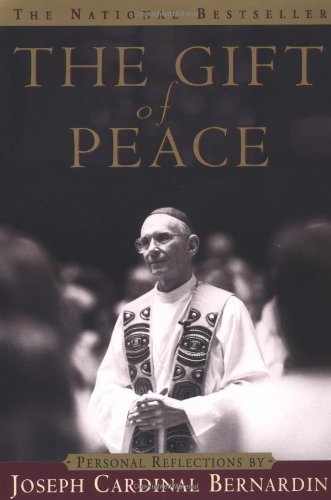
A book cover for The Gift of Peace: Personal Reflections; Cardinal Joseph Bernardin; Biographies & Memoirs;